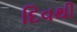
દિવથી